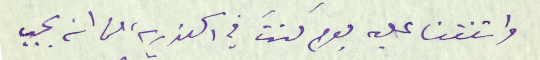
واتفقنا عليه يومَ كنتَ في اسكندرية من انه يجب